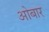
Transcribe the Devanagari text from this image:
ओबार